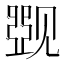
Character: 𰴛